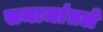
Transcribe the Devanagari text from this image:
समाजांतले